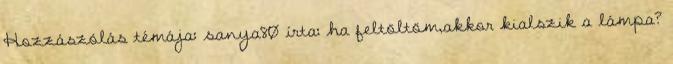
Hozzászólás témája: sanya80 írta: ha feltöltöm,akkor kialszik a lámpa?